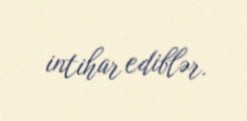
intihar ediblər.